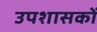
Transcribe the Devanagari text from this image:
उपशासकों